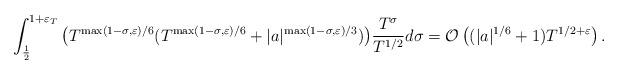
LaTeX: \begin{align*}&\int_{\frac{1}{2}}^{1+\varepsilon_T}\big(T^{\max(1-\sigma,\varepsilon)/6}(T^{\max(1-\sigma,\varepsilon)/6}+|a|^{\max(1-\sigma,\varepsilon)/3})\big)\frac{T^{\sigma}}{T^{1/2}}d\sigma=\mathcal{O}\left(( |a|^{1/6}+1)T^{1/2+\varepsilon}\right).\end{align*}